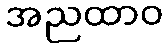
အညထာဝ